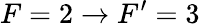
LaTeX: F=2\rightarrow F^{\prime}=3